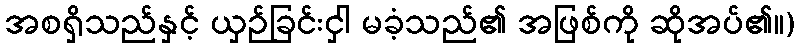
အစရှိသည်နှင့် ယှဉ်ခြင်းငှါ မခံ့သည်၏ အဖြစ်ကို ဆိုအပ်၏။)